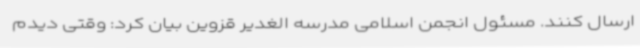
ارسال کنند. مسئول انجمن اسلامی مدرسه الغدیر قزوین بیان کرد: وقتی دیدم